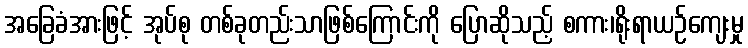
အခြေခံအားဖြင့် အုပ်စု တစ်ခုတည်းသာဖြစ်ကြောင်းကို ပြောဆိုသည့် စကား၊ရိုးရာယဉ်ကျေးမှု